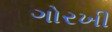
ગોરખી